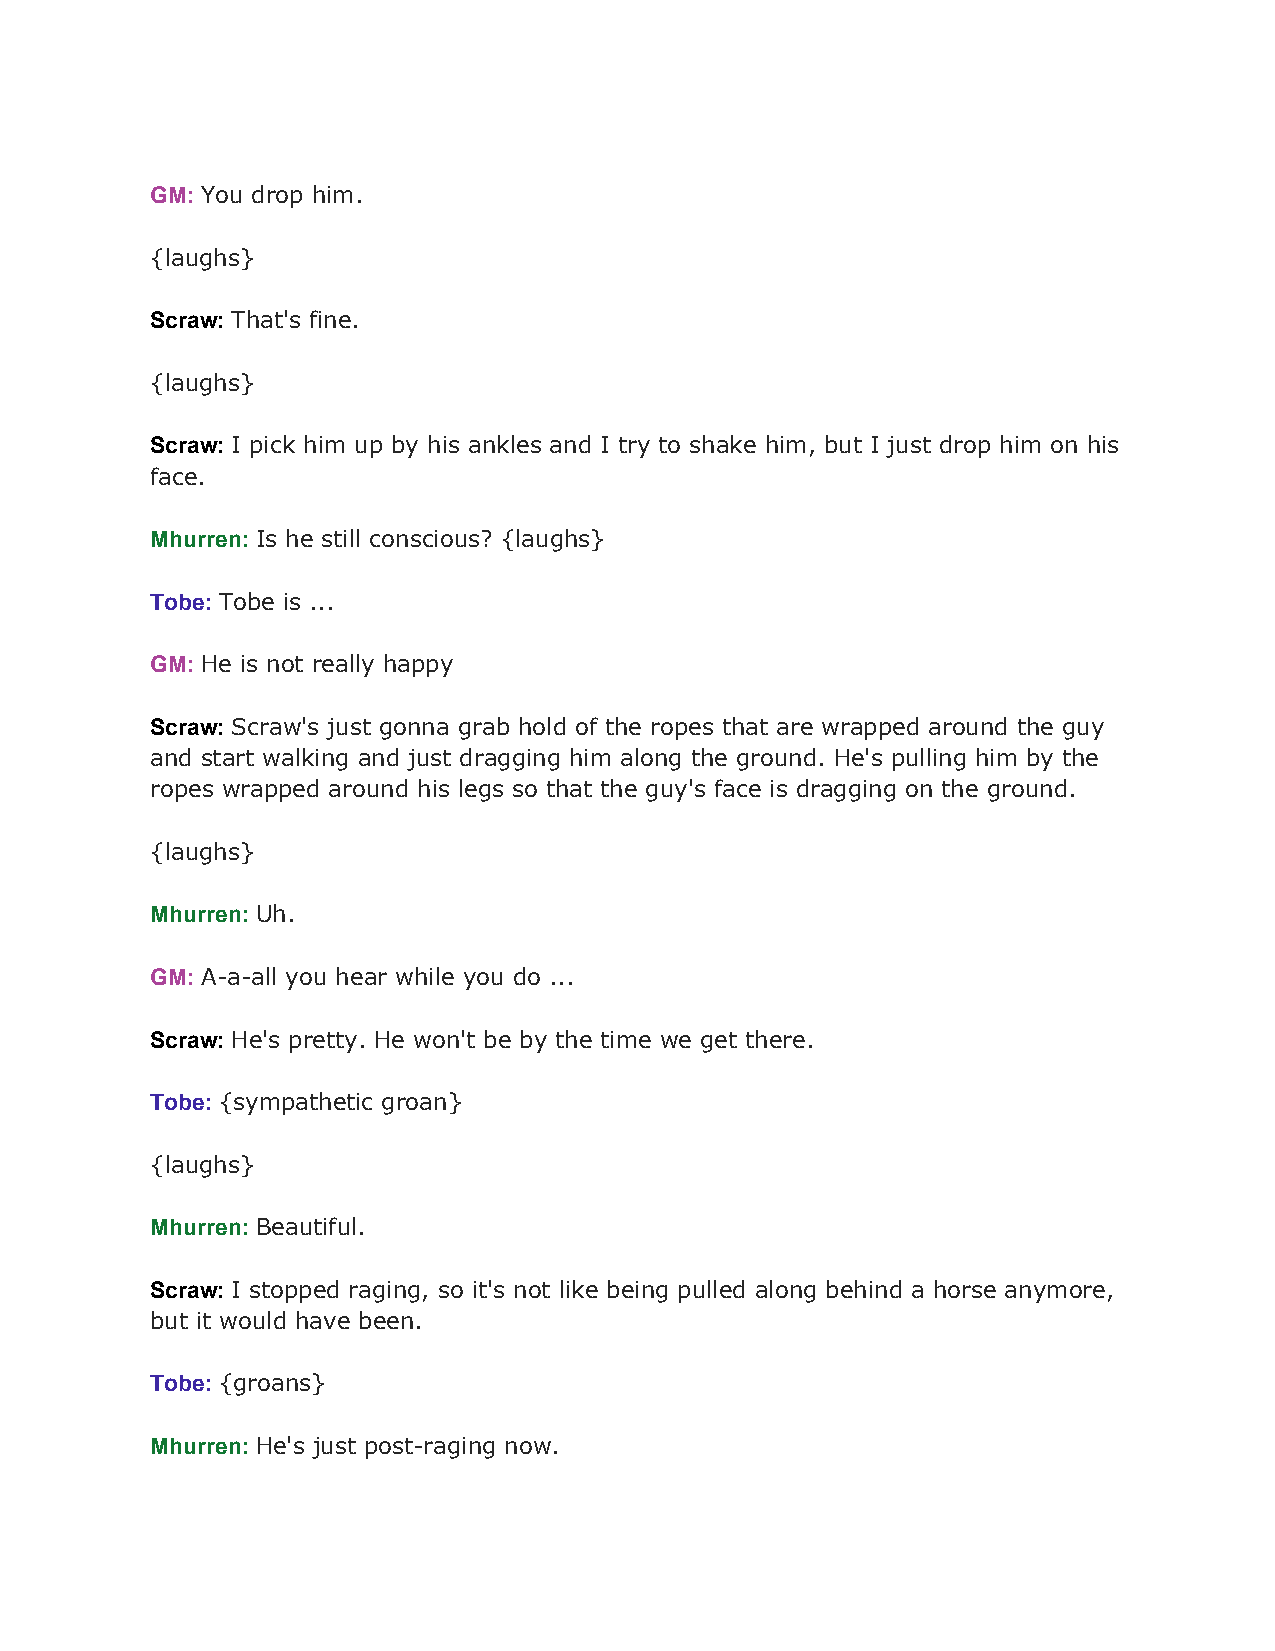
GM: You drop him.
 ​
 {laughs}
 Scraw: That's fine.
 ​
 {laughs}
 Scraw: I pick him up by his ankles and I try to shake him, but I just drop him on his
 ​
 face.
 Mhurren: Is he still conscious? {laughs}
 ​
 Tobe: Tobe is ...
 ​
 GM: He is not really happy
 ​
 Scraw: Scraw's just gonna grab hold of the ropes that are wrapped around the guy
 ​
 and start walking and just dragging him along the ground. He's pulling him by the
 ropes wrapped around his legs so that the guy's face is dragging on the ground.
 {laughs}
 Mhurren: Uh.
 ​
 GM: A-a-all you hear while you do ...
 ​
 Scraw: He's pretty. He won't be by the time we get there.
 ​
 Tobe: {sympathetic groan}
 ​
 {laughs}
 Mhurren: Beautiful.
 ​
 Scraw: I stopped raging, so it's not like being pulled along behind a horse anymore,
 ​
 but it would have been.
 Tobe: {groans}
 ​
 Mhurren: He's just post-raging now.
 ​